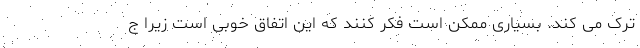
ترک می کند. بسیاری ممکن است فکر کنند که این اتفاق خوبی است زیرا ج